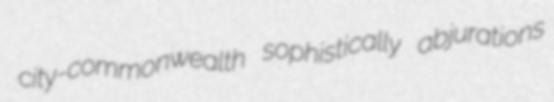
city-commonwealth sophistically abjurations